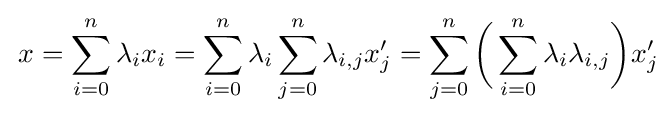
\,x=\sum _{i=0}^{n}\lambda _{i}x_{i}=\sum _{i=0}^{n}\lambda _{i}\sum _{j=0}^{n}\lambda _{i,j}x'_{j}=\sum _{j=0}^{n}{\biggl (}\sum _{i=0}^{n}\lambda _{i}\lambda _{i,j}{\biggr )}x'_{j}